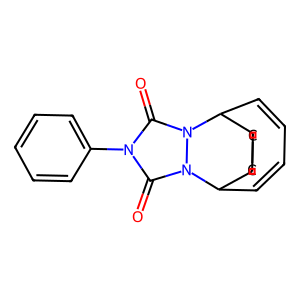
SMILES: O=c1n(-c2ccccc2)c(=O)n2n1C1C=CC=CC2C2CCC21
Inhibits HIV replication: No